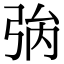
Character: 𢏟